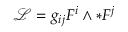
{ \mathcal { L } } = g _ { i j } F ^ { i } \wedge * F ^ { j }